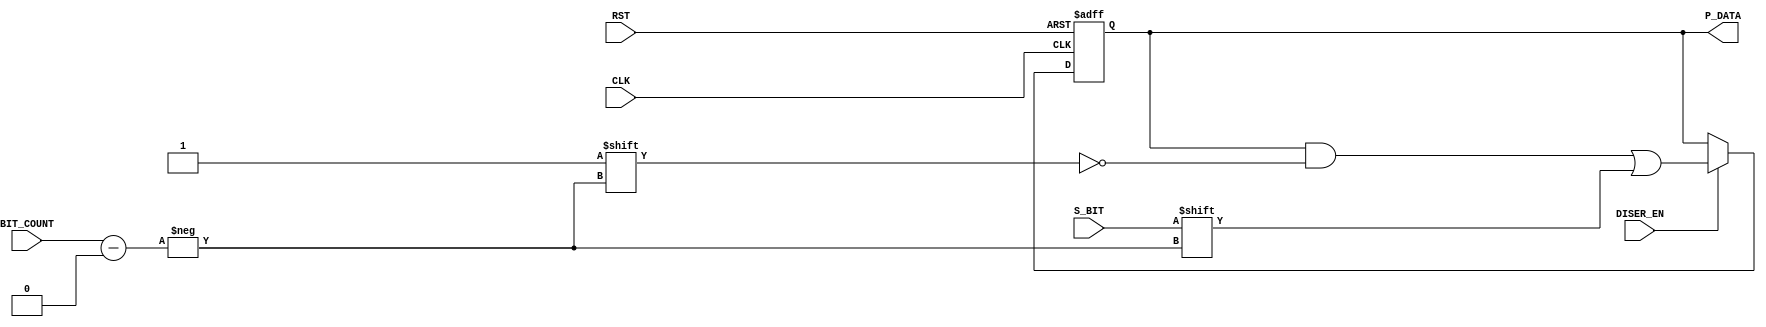
module RX_Deserializer (
 input  wire       S_BIT,DISER_EN,
 input  wire [2:0] BIT_COUNT,
 input  wire       CLK,RST,
 output reg  [7:0] P_DATA
 );
 
 always @ (posedge CLK, negedge RST)
  begin
   if(!RST) 
    P_DATA <= 0 ;
   else if(DISER_EN)
    P_DATA[BIT_COUNT] <= S_BIT ;
  end
 
endmodule